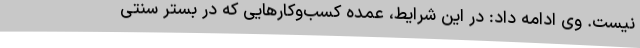
نیست. وی ادامه داد: در این شرایط، عمده کسب‌وکارهایی که در بستر سنتی